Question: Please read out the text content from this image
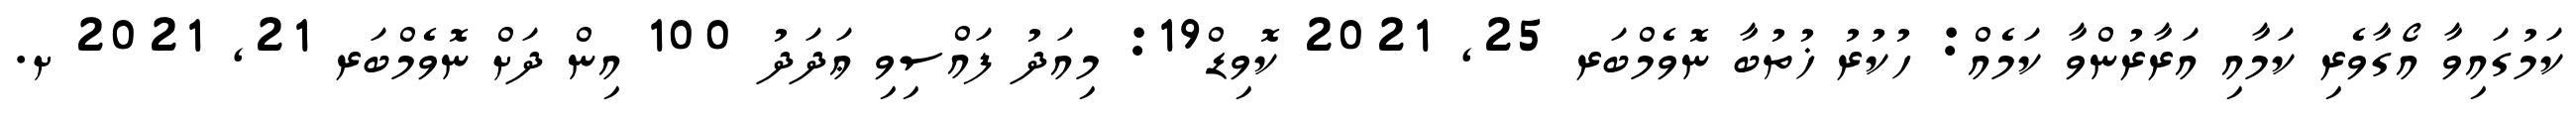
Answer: ކަމުގައިވާ އޯގާވެރި ކަމާއި އަރާރުންވާ ކަމެއް: ހުކުރު ޚުތުބާ ނޮވެމްބަރ 25, 2021 ކޮވިޑް19: މިއަދު ފައްސިވި ޢަދަދު 100 އިން ދަށް ނޮވެމްބަރ 21, 2021 ށ.